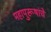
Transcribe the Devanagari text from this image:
महापुरूषांचे